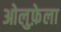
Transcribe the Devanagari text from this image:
ओलुफ़ेला